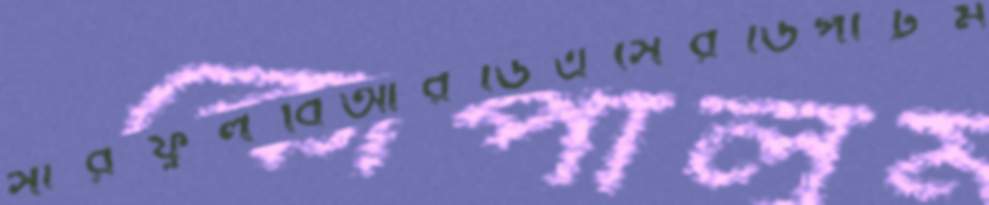
সারফুলবিআরডিএসেরডিপার্টম